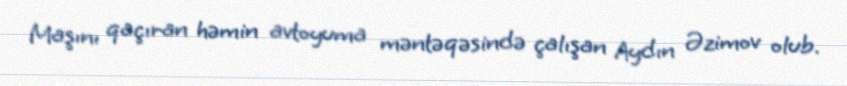
Maşını qaçıran həmin avtoyuma məntəqəsində çalışan Aydın Əzimov olub.